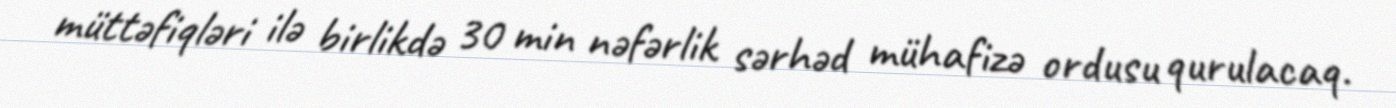
müttəfiqləri ilə birlikdə 30 min nəfərlik sərhəd mühafizə ordusu qurulacaq.